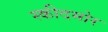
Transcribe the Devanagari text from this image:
स्कीदमोर